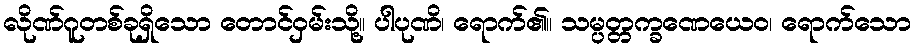
လိုဏ်ဂူတစ်ခုရှိသော တောင်ဝှမ်းသို့။ ပါပုဏိ၊ ရောက်၏။ သမ္ပတ္တက္ခဏေယေဝ၊ ရောက်သော